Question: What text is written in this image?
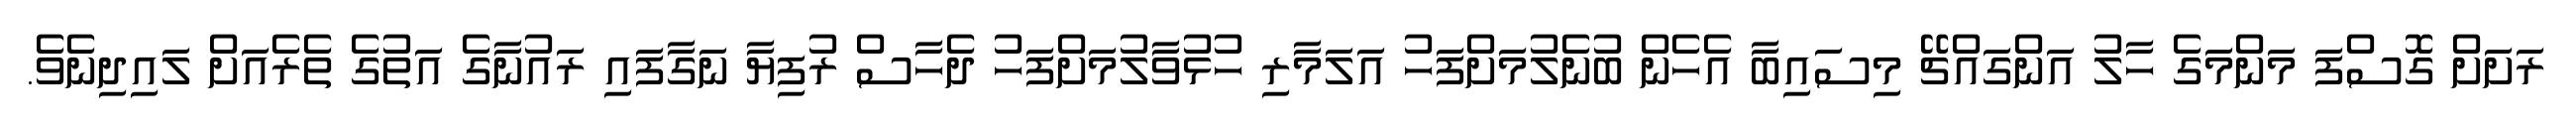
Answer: ރަށަށް ގޮސްފަ މަންމަގެ ހާލު އަންގައްޗޭ މިސައިބާ އެހެން ބުނެލުމަށްފަހު އަލަމާރި ހުޅުވާލުމަށްފަހު ދެހާސް ރުފިޔާ ނަގާފައި ރައުނާގެ އަތުގެ ތެރެއަށް ލައިދިނެވެ.